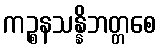
ကဉ္စနသန္နိဘတ္တစေ